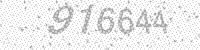
Solution: 916644